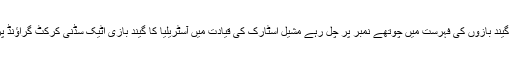
ٹورنامنٹ میں سب سے زیادہ وکٹ لینے والے گیند بازوں کی فہرست میں چوتھے نمبر پر چل رہے مشیل اسٹارک کی قیادت میں آسٹریلیا کا گیند بازی اٹیک سڈنی کرکٹ گراؤنڈ پر سری لنکا کی ٹیم پر لگام لگانے کو تیار ہے۔